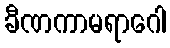
ခီဏကာမရာဂေါ